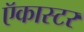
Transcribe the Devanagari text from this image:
ऍकास्टर